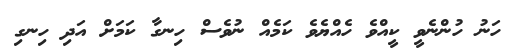
ހަނު ހުންނެވީ ކީއްވެ ހެއްޔެވެ ކަމެއް ނުވެސް ހިނގާ ކަމަށް އަދި ހިނގި